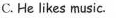
C. He likes music.